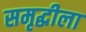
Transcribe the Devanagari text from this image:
समृद्धीला